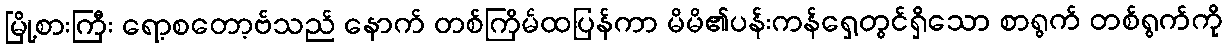
မြို့စားကြီး ရော့စတော့ဗ်သည် နောက် တစ်ကြိမ်ထပြန်ကာ မိမိ၏ပန်းကန်ရှေ့တွင်ရှိသော စာရွက် တစ်ရွက်ကို